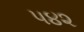
૫૪૨